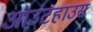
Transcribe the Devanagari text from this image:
आउटहाउस